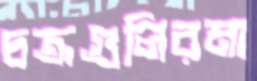
চক্রগুলিরমা